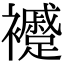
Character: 䙯